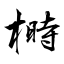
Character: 榯